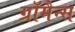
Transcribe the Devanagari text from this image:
ग्रॉमैन्स